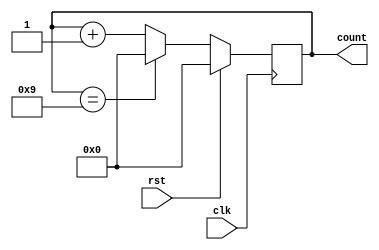
module BCD_Counter (
  input wire clk,
  input wire rst,
  output reg [3:0] count
);

always @(posedge clk) begin
  if (rst) begin
    count <= 4'b0000;
  end else begin
    if (count == 4'b1001) begin
      count <= 4'b0000;
    end else begin
      count <= count + 1;
    end
  end
end

endmodule